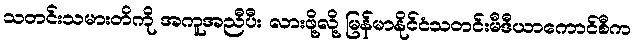
သတင်းသမားတိကို အကူအညီပီး လားဖို့လို့ မြန်မာနိုင်ငံသတင်းမီဒီယာကောင်စီက